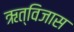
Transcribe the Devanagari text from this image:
ऋत्विजास